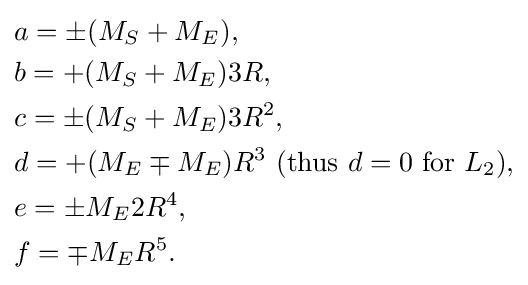
{\begin{aligned}&a=\pm (M_{S}+M_{E}),\\&b=+(M_{S}+M_{E})3R,\\&c=\pm (M_{S}+M_{E})3R^{2},\\&d=+(M_{E}\mp M_{E})R^{3}\ ({\text{thus }}d=0{\text{ for }}L_{2}),\\&e=\pm M_{E}2R^{4},\\&f=\mp M_{E}R^{5}.\end{aligned}}